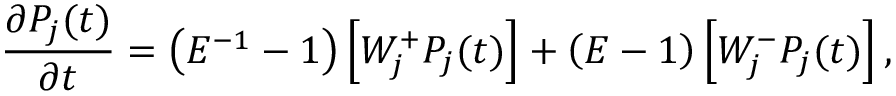
\frac { \partial P _ { j } ( t ) } { \partial t } = \left( E ^ { - 1 } - 1 \right) \left[ W _ { j } ^ { + } P _ { j } ( t ) \right] + \left( E - 1 \right) \left[ W _ { j } ^ { - } P _ { j } ( t ) \right] ,